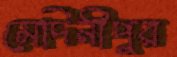
মেদিনীপুর